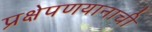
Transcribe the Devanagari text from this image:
प्रक्षेपणयानाची